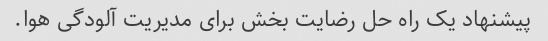
پیشنهاد یک راه حل رضایت بخش برای مدیریت آلودگی هوا.